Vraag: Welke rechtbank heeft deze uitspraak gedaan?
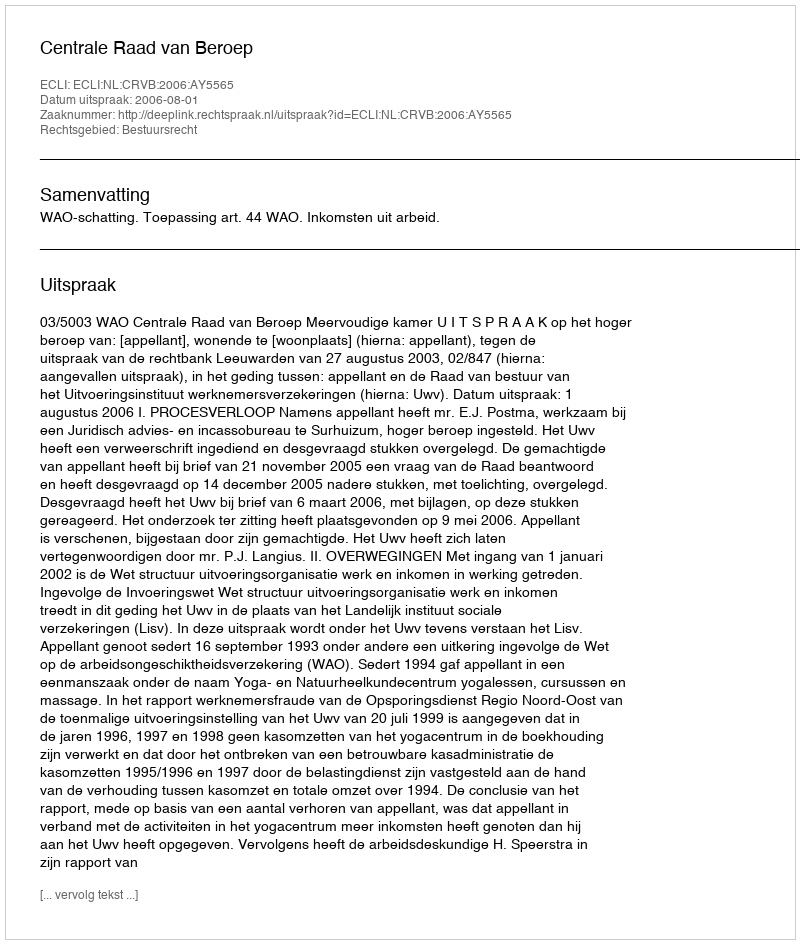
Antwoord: Centrale Raad van Beroep